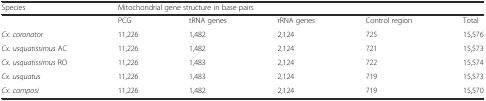
<table><thead><tr><td><b>Species</b></td><td colspan="5"><b>Mitochondrial gene structure in base pairs</b></td></tr></thead><tbody><tr><td></td><td>PCG</td><td>tRNA genes</td><td>rRNA genes</td><td>Control region</td><td>Total</td></tr><tr><td><i>Cx. coronator</i></td><td>11,226</td><td>1,482</td><td>2,124</td><td>725</td><td>15,576</td></tr><tr><td><i>Cx. usquatissimus</i> AC</td><td>11,226</td><td>1,482</td><td>2,124</td><td>721</td><td>15,573</td></tr><tr><td><i>Cx. usquatissimus</i> RO</td><td>11,226</td><td>1,483</td><td>2,124</td><td>722</td><td>15,574</td></tr><tr><td><i>Cx. usquatus</i></td><td>11,226</td><td>1,483</td><td>2,124</td><td>719</td><td>15,573</td></tr><tr><td><i>Cx. camposi</i></td><td>11,226</td><td>1,482</td><td>2,124</td><td>719</td><td>15,570</td></tr></tbody></table>